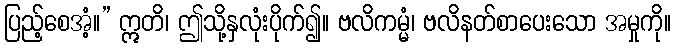
ပြည့်စေအံ့။” ဣတိ၊ ဤသို့နှလုံးပိုက်၍။ ဗလိကမ္မံ၊ ဗလိနတ်စာပေးသော အမှုကို။